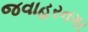
જવાહરનગર